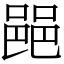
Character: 䣈